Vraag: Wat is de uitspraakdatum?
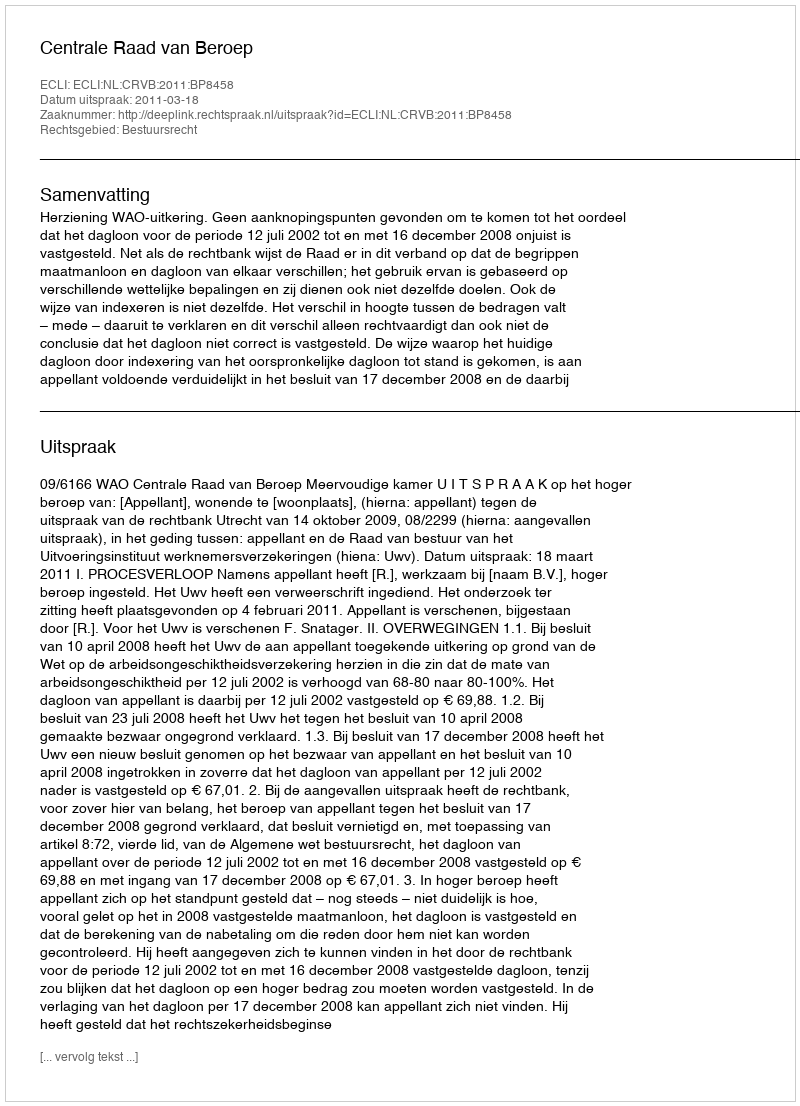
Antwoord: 2011-03-18